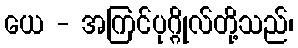
ယေ - အကြင်ပုဂ္ဂိုလ်တို့သည်၊